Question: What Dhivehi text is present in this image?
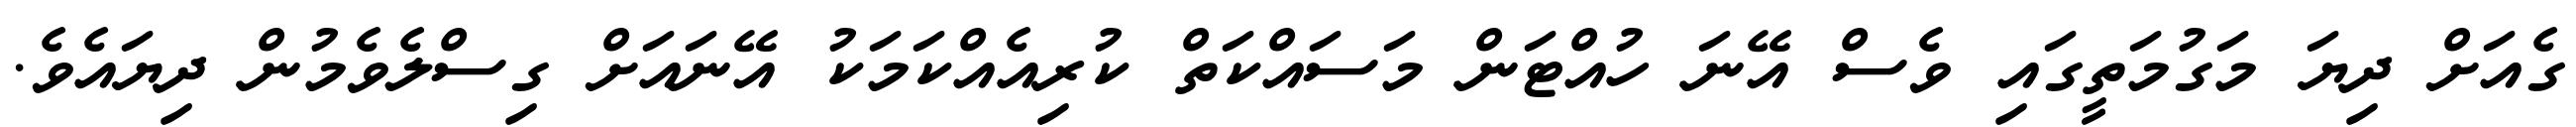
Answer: ގެއަށް ދިޔަ މަގުމަތީގައި ވެސް އޭނަ ހުއްޓަން މަސައްކަތް ކުރިއެއްކަމަކު އޭނައަށް ގިސްލެވެމުން ދިޔައެވެ.